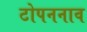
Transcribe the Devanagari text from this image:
टोपननाव